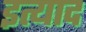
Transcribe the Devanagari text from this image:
इत्याद